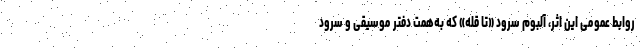
روابط عمومی این اثر، آلبوم سرود «تا قله» که به‌همت دفتر موسیقی و سرود